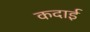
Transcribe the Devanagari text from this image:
कदाई